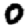
Digit: 0